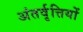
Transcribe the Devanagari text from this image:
अंतर्वृत्तियों